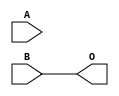
module JBUFNOD(B, A, O);
input   B;
input   A;
output  O;
buf g0(O, B);
endmodule